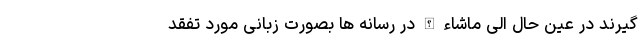
گیرند در عین حال الی ماشاء الله در رسانه ها بصورت زبانی مورد تفقد